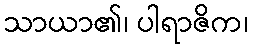
သာယာ၏၊ ပါရာဇိက၊